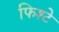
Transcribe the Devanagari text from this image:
फिश्टे